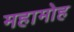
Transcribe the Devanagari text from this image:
महामोह